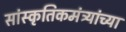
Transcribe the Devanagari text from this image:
सांस्कृतिकमंत्र्यांच्या